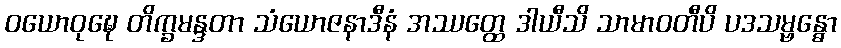
ဝယောဝုဍ္ဎေ တိက္ခမန္ဒတာ သံယောဇနာဒီနံ အဿတ္ထေ ဒါယီသိ သာမာဝတီပိ ပဒသမ္ဗန္ဓော